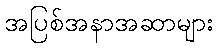
အပြစ်အနာအဆာများ